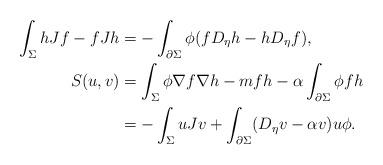
LaTeX: \begin{align*}\int_{\Sigma}hJf-fJh &=-\int_{\partial \Sigma} \phi (fD_{\eta}h-hD_{\eta}f),\\S(u,v) &= \int_\Sigma \phi \nabla f\nabla h-mfh-\alpha \int_{\partial \Sigma}\phi fh\\ &= -\int_\Sigma u Jv+\int_{\partial \Sigma} (D_\eta v-\alpha v) u\phi. \end{align*}